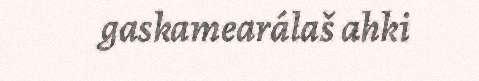
gaskamearálaš ahki